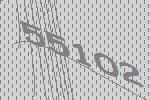
55102